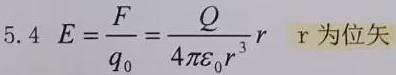
$5.4\ E=\frac{F}{q_{0}}=\frac{Q}{4\pi \varepsilon _{0}r^{3}}r\ \ \text{r为位矢}$